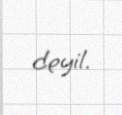
deyil.